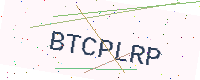
Text: BTCPLRP